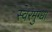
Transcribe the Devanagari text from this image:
स्वरमुग्धा